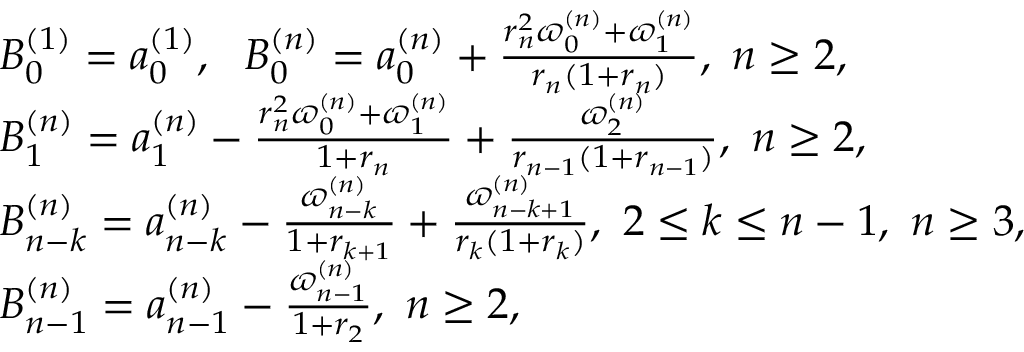
\begin{array} { r l } & { B _ { 0 } ^ { ( 1 ) } = a _ { 0 } ^ { ( 1 ) } , ~ ~ B _ { 0 } ^ { ( n ) } = a _ { 0 } ^ { ( n ) } + \frac { r _ { n } ^ { 2 } \varpi _ { 0 } ^ { ( n ) } + \varpi _ { 1 } ^ { ( n ) } } { r _ { n } ( 1 + r _ { n } ) } , ~ n \ge 2 , } \\ & { B _ { 1 } ^ { ( n ) } = a _ { 1 } ^ { ( n ) } - \frac { r _ { n } ^ { 2 } \varpi _ { 0 } ^ { ( n ) } + \varpi _ { 1 } ^ { ( n ) } } { 1 + r _ { n } } + \frac { \varpi _ { 2 } ^ { ( n ) } } { r _ { n - 1 } ( 1 + r _ { n - 1 } ) } , ~ n \ge 2 , } \\ & { B _ { n - k } ^ { ( n ) } = a _ { n - k } ^ { ( n ) } - \frac { \varpi _ { n - k } ^ { ( n ) } } { 1 + r _ { k + 1 } } + \frac { \varpi _ { n - k + 1 } ^ { ( n ) } } { r _ { k } ( 1 + r _ { k } ) } , ~ 2 \le k \le n - 1 , ~ n \ge 3 , } \\ & { B _ { n - 1 } ^ { ( n ) } = a _ { n - 1 } ^ { ( n ) } - \frac { \varpi _ { n - 1 } ^ { ( n ) } } { 1 + r _ { 2 } } , ~ n \ge 2 , } \end{array}